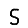
Digit: 5